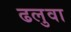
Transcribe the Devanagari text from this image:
ढलुवा